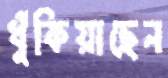
ধুঁকিয়াছেন